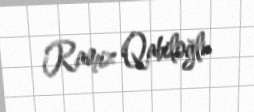
Ramiz Qabiloğlu